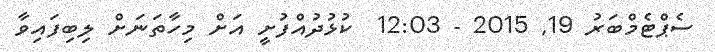
ސެޕްޓެމްބަރު 19